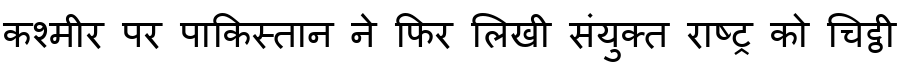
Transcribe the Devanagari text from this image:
कश्मीर पर पाकिस्तान ने फिर लिखी संयुक्त राष्ट्र को चिट्ठी